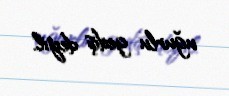
uğurlu gediş deyil.